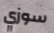
سوزي